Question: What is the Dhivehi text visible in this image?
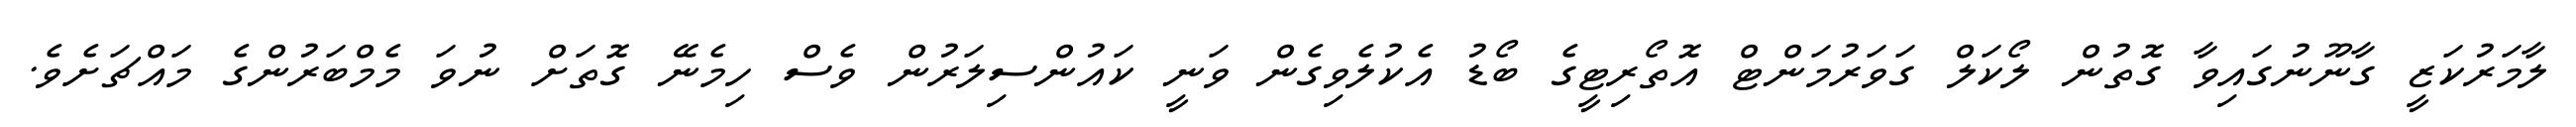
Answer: ލާމަރުކަޒީ ގާނޫނުގައިވާ ގޮތުން ލޯކަލް ގަވަރުމަންޓް އޮތޯރިޓީގެ ބޯޑު އެކުލެވިގެން ވަނީ ކައުންސިލަރުން ވެސް ހިމެނޭ ގޮތަށް ނުވަ މެމްބަރުންގެ މައްޗަށެވެ.